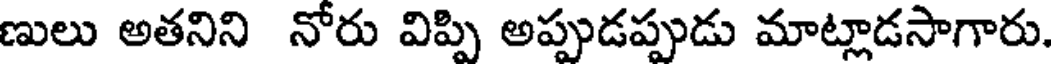
ణులు అతనిని నోరు విప్పి అప్పుడప్పుడు మాట్లాడసాగారు